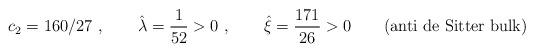
LaTeX: \begin{align*}c_2 = 160/27~, \qquad{\hat \lambda} = \frac{1}{52} > 0~, \qquad {\hat \xi}=\frac{171}{26} > 0\qquad ({\rm anti~de~Sitter~bulk})\end{align*}